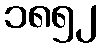
၁၈၅၂